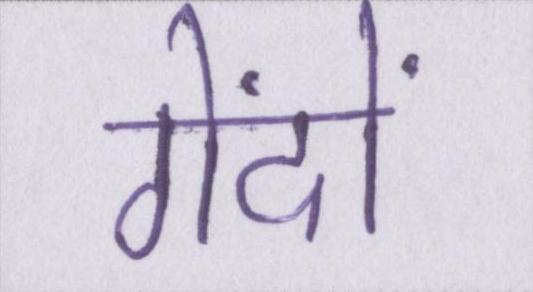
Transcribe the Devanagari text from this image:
गेंदों